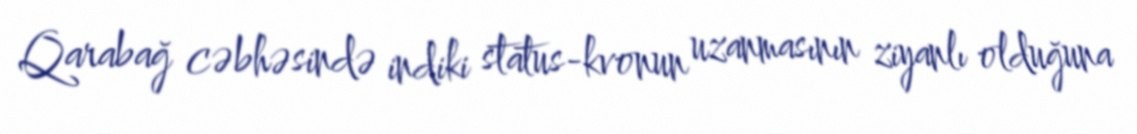
Qarabağ cəbhəsində indiki status-kvonun uzanmasının ziyanlı olduğuna